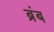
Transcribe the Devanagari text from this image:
ब्रंब